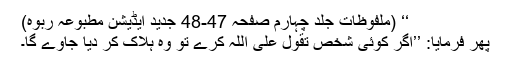
‘‘ (ملفوظات جلد چہارم صفحہ 47-48 جدید ایڈیشن مطبوعہ ربوہ)
پھر فرمایا: ’’اگر کوئی شخص تَقَوُّلْ عَلَی اللّٰہ کرے تو وہ ہلاک کر دیا جاوے گا۔